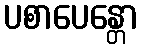
ပစာပေန္တော